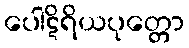
ပေါဋိရိယပုတ္တော